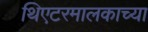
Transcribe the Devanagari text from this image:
थिएटरमालकाच्या